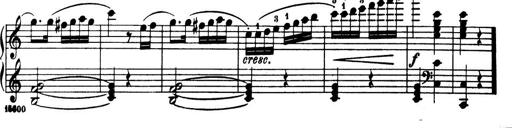
Title: 32 Sonatinas and Rondos for the Piano
Composer: Richard Kleinmichel